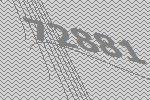
72881